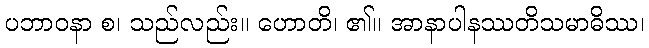
ပဘာဝနာ စ၊ သည်လည်း။ ဟောတိ၊ ၏။ အာနာပါနဿတိသမာဓိဿ၊